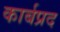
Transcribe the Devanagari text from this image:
कार्बप्रद